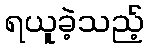
ရယူခဲ့သည့်